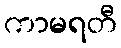
ကာမရတီ